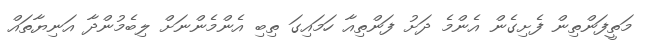
މަތީފަންތިން ފެށިގެން އެންމެ ދަށު ފަންތިއާ ހަމައިގަ ތިބި އެންމެންނަށް ލިބެމުންދާ އަނިޔާތައް